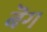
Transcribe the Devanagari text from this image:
बॆग